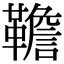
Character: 韂